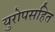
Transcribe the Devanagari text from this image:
युरोपसहित